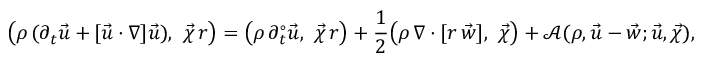
\bigl ( \rho \, ( \partial _ { t } \vec { u } + [ \vec { u } \cdot \nabla ] \vec { u } ) , ~ \vec { \chi } \, r \bigr ) = \bigl ( \rho \, \partial _ { t } ^ { \circ } \vec { u } , ~ \vec { \chi } \, r \bigr ) + \frac { 1 } { 2 } \bigl ( \rho \, \nabla \cdot [ r \, \vec { w } ] , ~ \vec { \chi } \bigr ) + \mathscr { A } ( \rho , \vec { u } - \vec { w } ; \vec { u } , \vec { \chi } ) ,